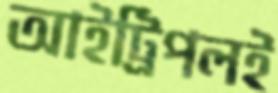
আইট্রিপলই